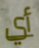
أي